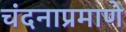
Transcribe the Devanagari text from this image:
चंदनाप्रमाणे